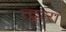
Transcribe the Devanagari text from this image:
त्द्वारा